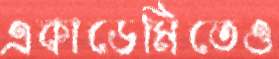
একাডেমিতেও